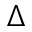
\Delta